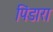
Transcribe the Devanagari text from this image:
पिंडारा